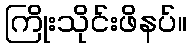
ကြိုးသိုင်းဖိနပ်။